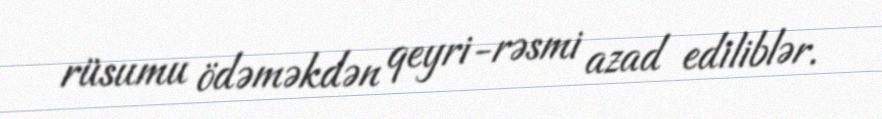
rüsumu ödəməkdən qeyri-rəsmi azad ediliblər.